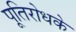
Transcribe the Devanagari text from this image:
पूतिरोधके